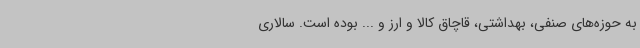
به حوزه‌های صنفی، بهداشتی، قاچاق کالا و ارز و ... بوده است. سالاری